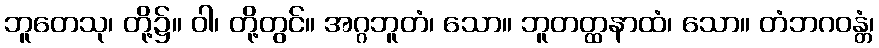
ဘူတေသု၊ တို့၌။ ဝါ၊ တို့တွင်။ အဂ္ဂဘူတံ၊ သော။ ဘူတတ္ထနာထံ၊ သော။ တံဘဂဝန္တံ၊